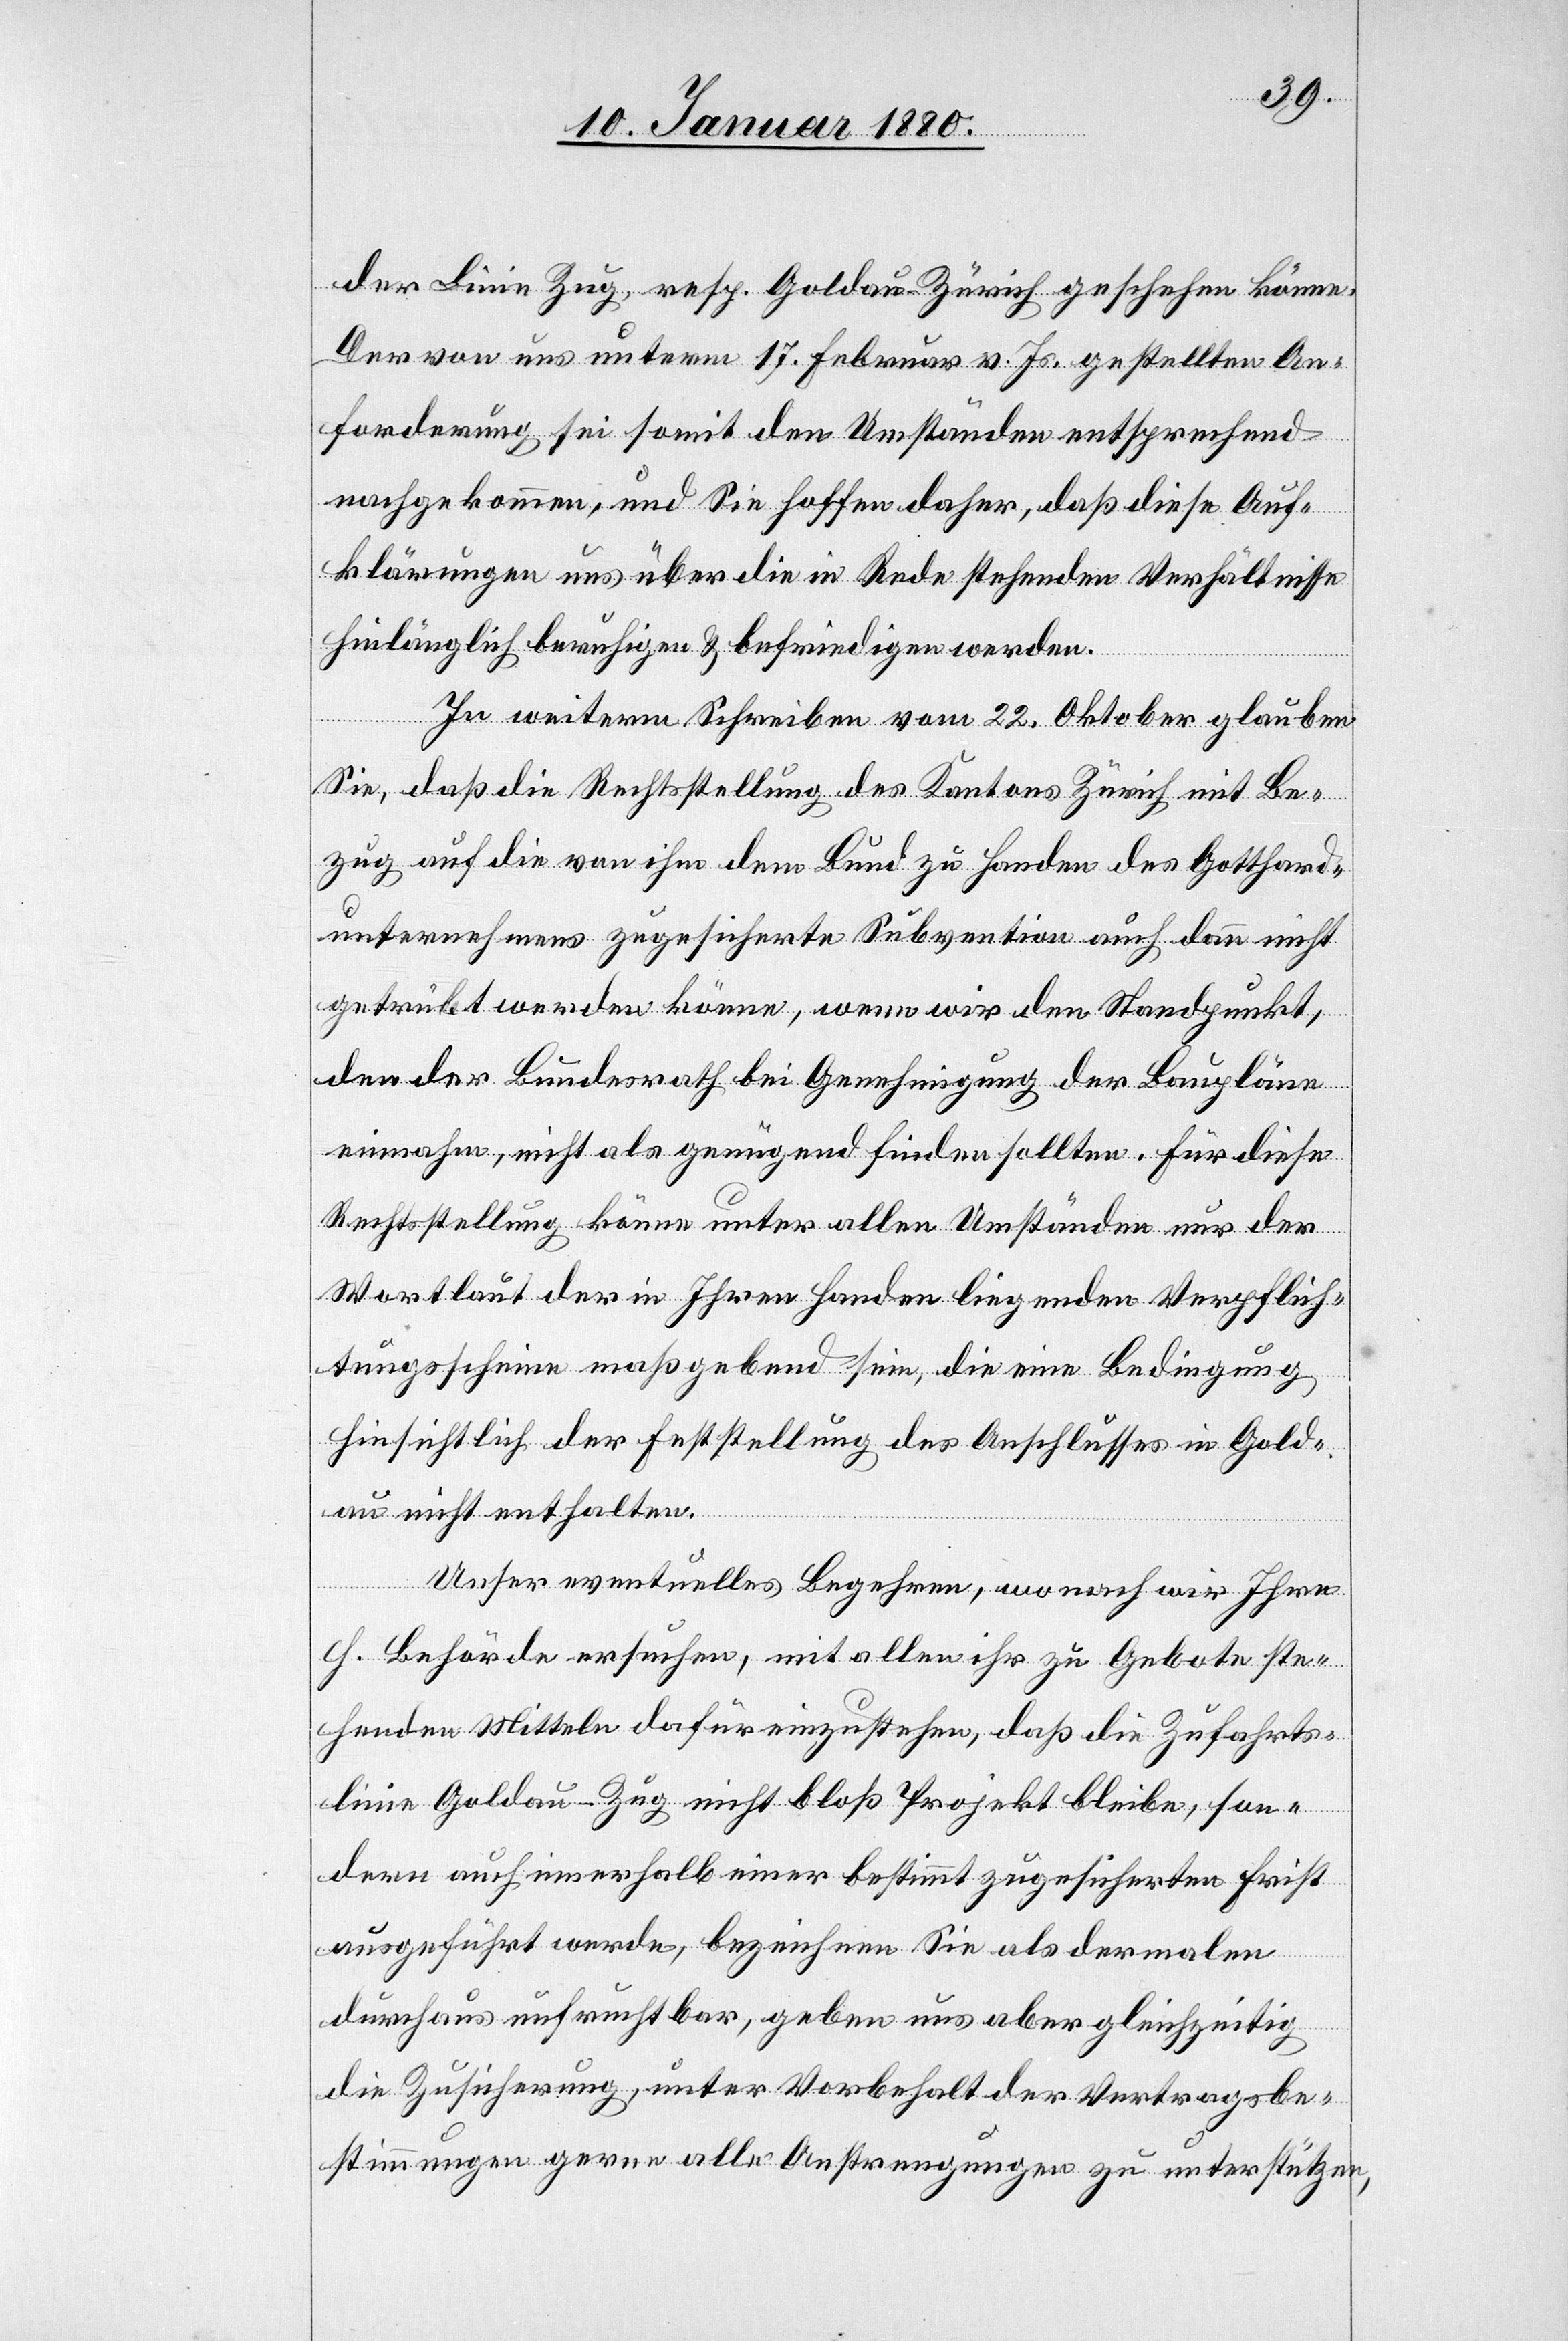
der Linie Zug, resp. Goldau–Zürich geschehen könne.
Der von uns unterm 17. Februar v. Js. gestellten An¬
forderung sei somit den Umständen entsprechend
nachgekommen, und Sie hoffen daher, daß diese Auf¬
klärungen uns über die in Rede stehenden Verhältnisse
hinlänglich beruhigen & befriedigen werden.
In weiterm Schreiben vom 22. Oktober glauben
Sie, daß die Rechtsstellung des Kantons Zürich mit Be¬
zug auf die von ihm dem Bund zu Handen des Gotthard¬
unternehmens zugesicherte Subvention auch dann nicht
getrübt werden könne, wenn wir den Standpunkt,
den der Bundesrath bei Genehmigung der Baupläne
einnahm, nicht als genügend finden sollten. Für diese
Rechtsstellung könne unter allen Umständen nur der
Wortlaut der in Ihren Handen liegenden Verpflich¬
tungsscheine maßgebend sein, die eine Bedingung
hinsichtlich der Feststellung des Anschlusses in Gold¬
au nicht enthalten.
Unser eventuelles Begehren, wonach wir Ihre
h. Behörde ersuchen, mit allen ihr zu Gebote ste¬
henden Mitteln dafür einzustehen, daß die Zufahrts¬
linie Goldau–Zug nicht bloß Projekt bleibe, son¬
dern auch innerhalb einer bestimmt zugesicherten Frist
ausgeführt werde, bezeichnen Sie als dermalen
durchaus unfruchtbar, geben uns aber gleichzeitig
die Zusicherung, unter Vorbehalt der Vertragsbe¬
stimmungen gerne alle Anstrengungen zu unterstützen,